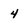
Character: 4